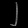
Digit: ၂